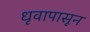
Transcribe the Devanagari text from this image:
धृवापासून